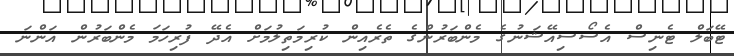
ޓޭބަލް ޓެނިސް އެސޯސިއޭޝަނުގެ މެންބަރުންގެ ތެރެއިން ކުރިމަތިލުމަށް އެދޭ ފުރިހަމަ މެންބަރުން އަންނަ